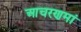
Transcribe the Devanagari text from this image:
आचरणमां